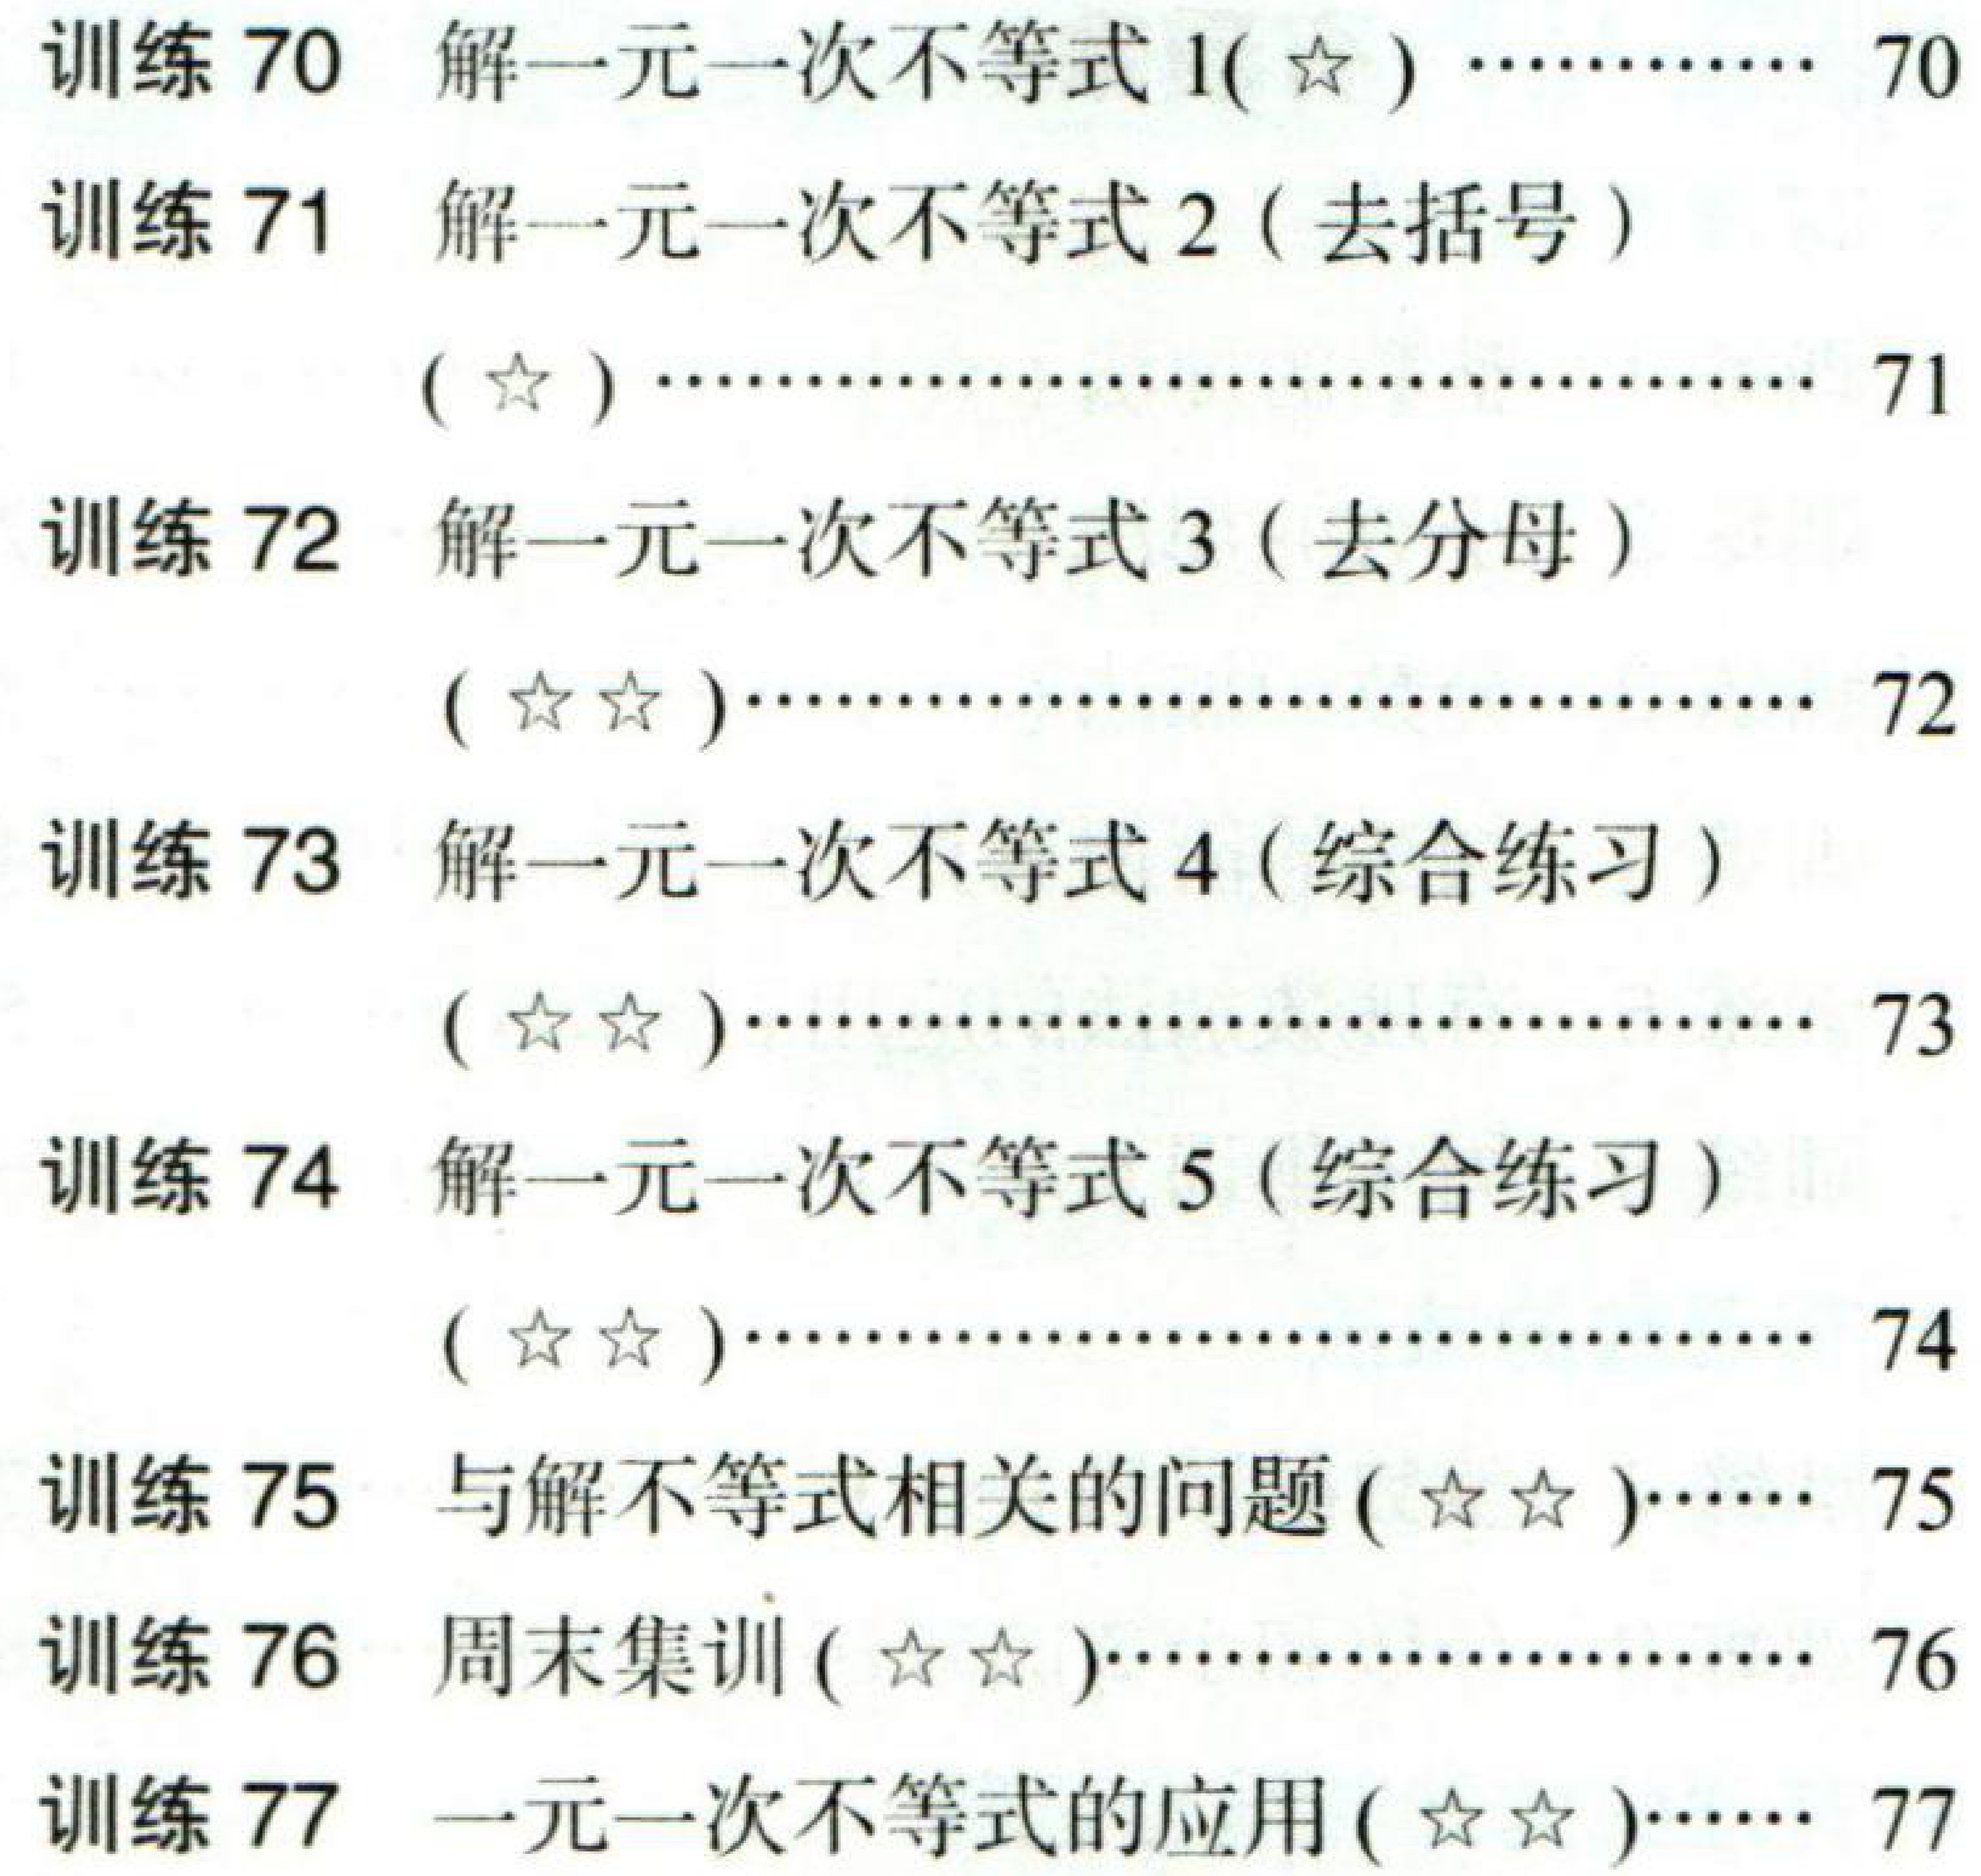
训练 70 解一元一次不等式 1(☆) ………… 70

训练 71 解一元一次不等式 2 (去括号)

(☆) ……………………………………… 71

训练 72 解一元一次不等式 3 (去分母)

(☆☆)…………………………………… 72

训练 73 解一元一次不等式 4 (综合练习)

(☆☆)…………………………………… 73

训练 74 解一元一次不等式 5 (综合练习)

(☆☆)…………………………………… 74

训练 75 与解不等式相关的问题(☆☆)…… 75

训练 76 周末集训(☆☆)…………………… 76

训练 77 一元一次不等式的应用(☆☆)…… 77